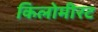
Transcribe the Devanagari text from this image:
किलोमीरट